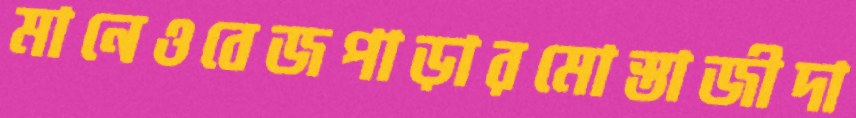
মানেওবেজপাড়ারমোস্তাজীদা